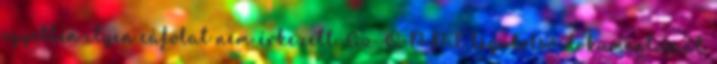
egyetlen ilyen cáfolat nem érkezett. Az OPPT legutolsó dokumentumát